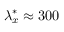
{ \lambda } _ { x } ^ { * } \approx 3 0 0